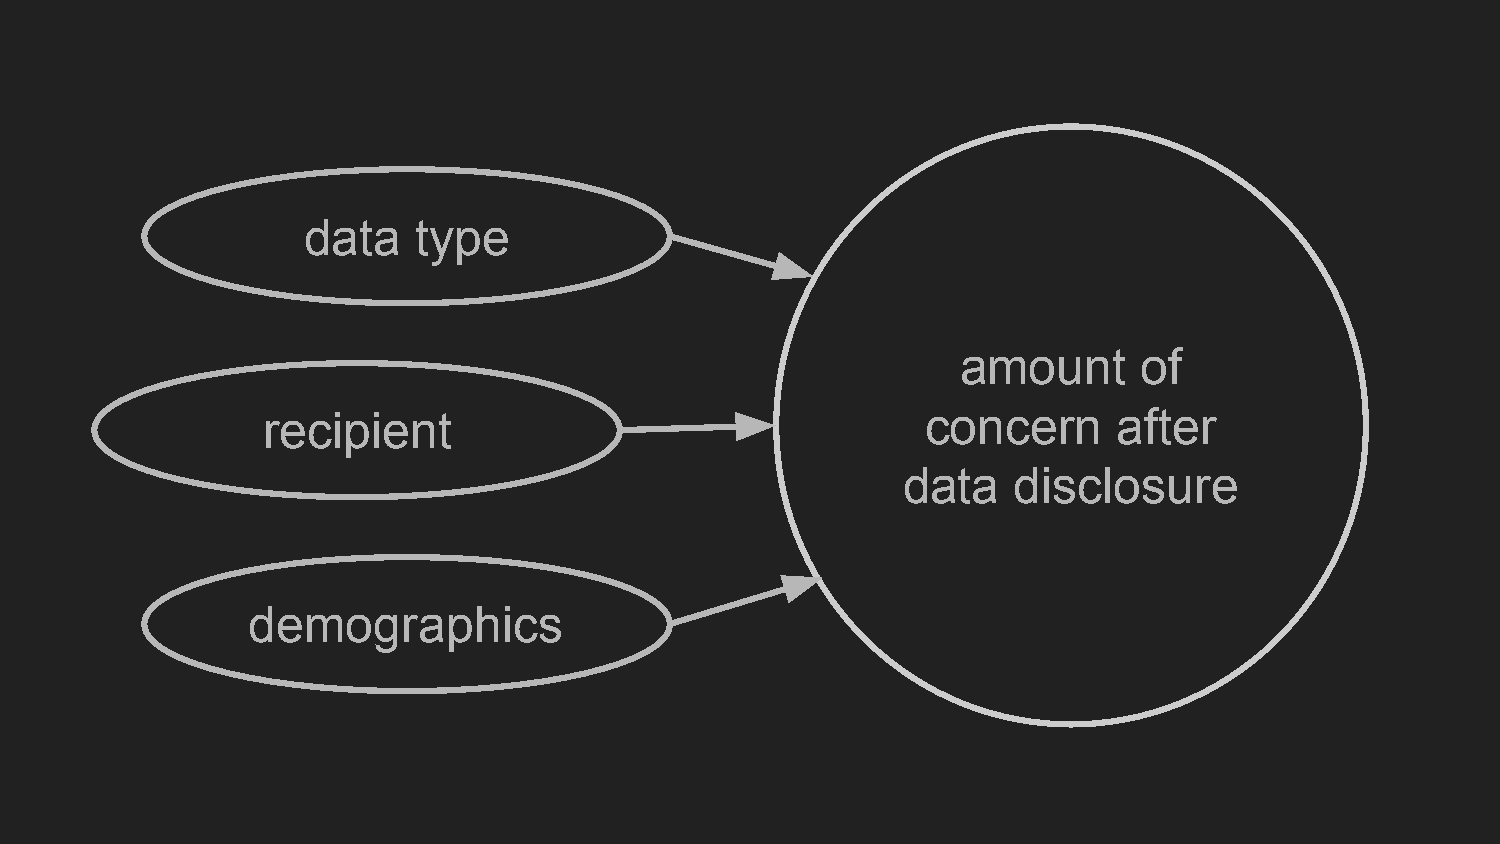
data   type
 amount      of
 recipient                                   concern      after
 data   disclosure
 demographics